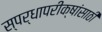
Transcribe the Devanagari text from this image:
स्पर्धापरीक्षांसाठी